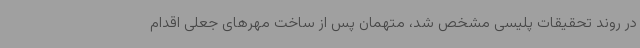
در روند تحقیقات پلیسی مشخص شد، متهمان پس از ساخت مهرهای جعلی اقدام